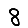
Digit: 8